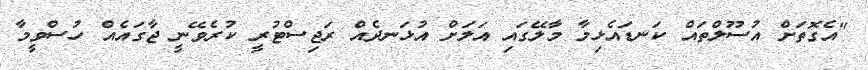
"އެގޮތަށް އުސޫލްތައް ކަނޑައެޅިމާ މާލޭގައި އަލަށް އުޅަނދެއް ރަޖިސްޓުރީ ކުރެވޭނީ ޖާގައެއް ހުސްވީމާ